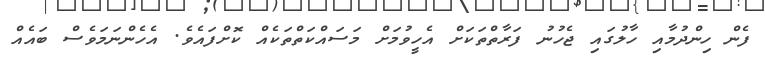
ފެން ހިންދުމާއި ހާލުގައި ޖެހުނު ފަރާތްތަކަށް އެހީވުމަށް މަސައްކަތްތަކެއް ކޮށްފައެވެ. އެހެންނަމަވެސް ބައެއް